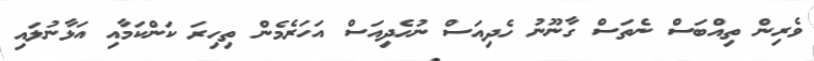
ވެރިން ތިއްބަސް ނެތަސް ގާނޫނު ހެދިއަސް ނުހެދިއަސް އަހަރެމެން ތިހިރަ ކަންކަމާއި އަޅާނުލައި